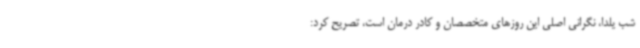
شب یلدا، نگرانی اصلی این روزهای متخصصان و کادر درمان است، تصریح کرد: